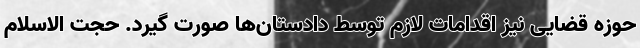
حوزه قضایی نیز اقدامات لازم توسط دادستان‌ها صورت گیرد. حجت الاسلام